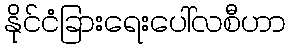
နိုင်ငံခြားရေးပေါ်လစီဟာ